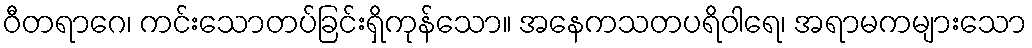
ဝီတရာဂေ၊ ကင်းသောတပ်ခြင်းရှိကုန်သော။ အနေကသတပရိဝါရေ၊ အရာမကများသော